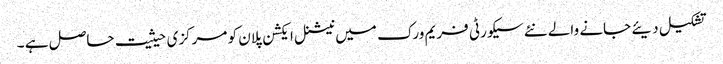
تشکیل دیئے جانے والے نئے سیکورٹی فریم ورک میں نیشنل ایکشن پلان کو مرکزی حیثیت حاصل ہے ۔